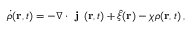
\dot { \rho } ( \mathbf { r } , t ) = - \nabla \cdot \textbf { j } ( \mathbf { r } , t ) + \hat { \xi } ( \mathbf { r } ) - \chi \rho ( \mathbf { r } , t ) \, ,